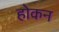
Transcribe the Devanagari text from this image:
होकन